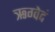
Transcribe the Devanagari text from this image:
ऋग्वेदं